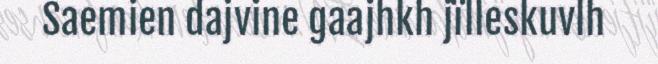
Saemien dajvine gaajhkh jïlleskuvlh